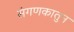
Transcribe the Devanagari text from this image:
संगणकातुन